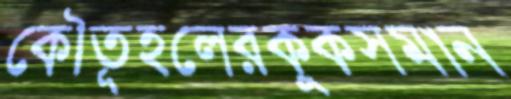
কৌতূহলেরকুকসমান